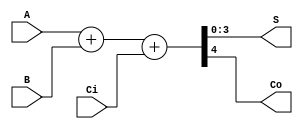
module ADD #(
	parameter W = 4
)
(
	input           Ci,
	input [W-1:0] 	A,
	input [W-1:0] 	B,
	output [W-1:0] 	S,
	output			    Co
);

assign {Co,S} = A + B + Ci;

endmodule

//zadania:
//1 dodac Ci
//2 symulacja behawioralna
//3 implementacja